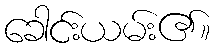
ခေါင်းယမ်း၏။